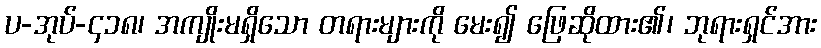
ပ-အုပ်-၄၁၈၊ အကျိုးမရှိသော တရားများကို မေး၍ ဖြေဆိုထား၏၊ ဘုရားရှင်အား